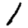
Digit: 1